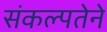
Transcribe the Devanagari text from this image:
संकल्पतेने